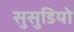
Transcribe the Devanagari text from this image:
सुसुडियो